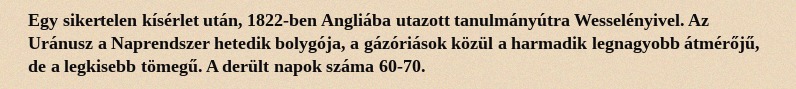
Egy sikertelen kísérlet után, 1822-ben Angliába utazott tanulmányútra Wesselényivel. Az Uránusz a Naprendszer hetedik bolygója, a gázóriások közül a harmadik legnagyobb átmérőjű, de a legkisebb tömegű. A derült napok száma 60-70.